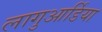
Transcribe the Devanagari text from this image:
लागुआर्डिया